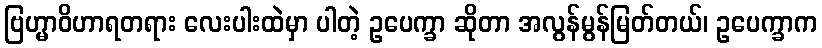
ဗြဟ္မာဝိဟာရတရား လေးပါးထဲမှာ ပါတဲ့ ဥပေက္ခာ ဆိုတာ အလွန်မွန်မြတ်တယ်၊ ဥပေက္ခာက